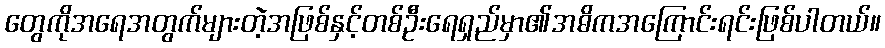
တွေကိုအရေအတွက်များတဲ့အဖြစ်နှင့်တစ်ဦးရေရှည်မှာ၏အဓိကအကြောင်းရင်းဖြစ်ပါတယ်။